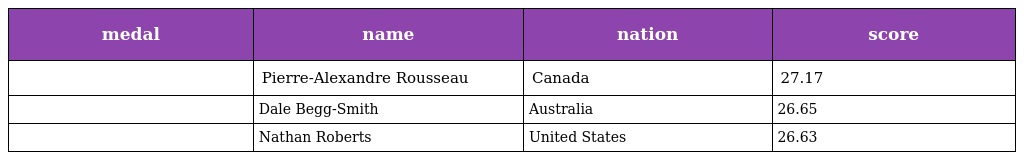
| medal | name | nation | score |
 | --- | --- | --- | --- |
 |  | Pierre-Alexandre Rousseau | Canada | 27.17 |
 |  | Dale Begg-Smith | Australia | 26.65 |
 |  | Nathan Roberts | United States | 26.63 |